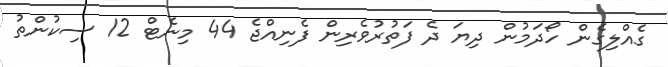
ގެއްލިގެން ހޯދަމުން ދިޔަ ދެ ފަތުރުވެރިން ފެނިއްޖެ 44 މިނެޓް 12 ސިކުންތު